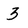
Character: 3